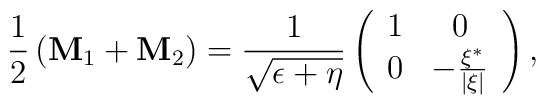
\frac 12\left( {\bf M}_1+{\bf M}_2\right) =\frac 1{\sqrt{\epsilon +\eta }}\left( \begin{array}{cc}1 & 0 \\ 0 & -\frac{\xi ^{*}}{\left| \xi \right| } \end{array}\right) ,